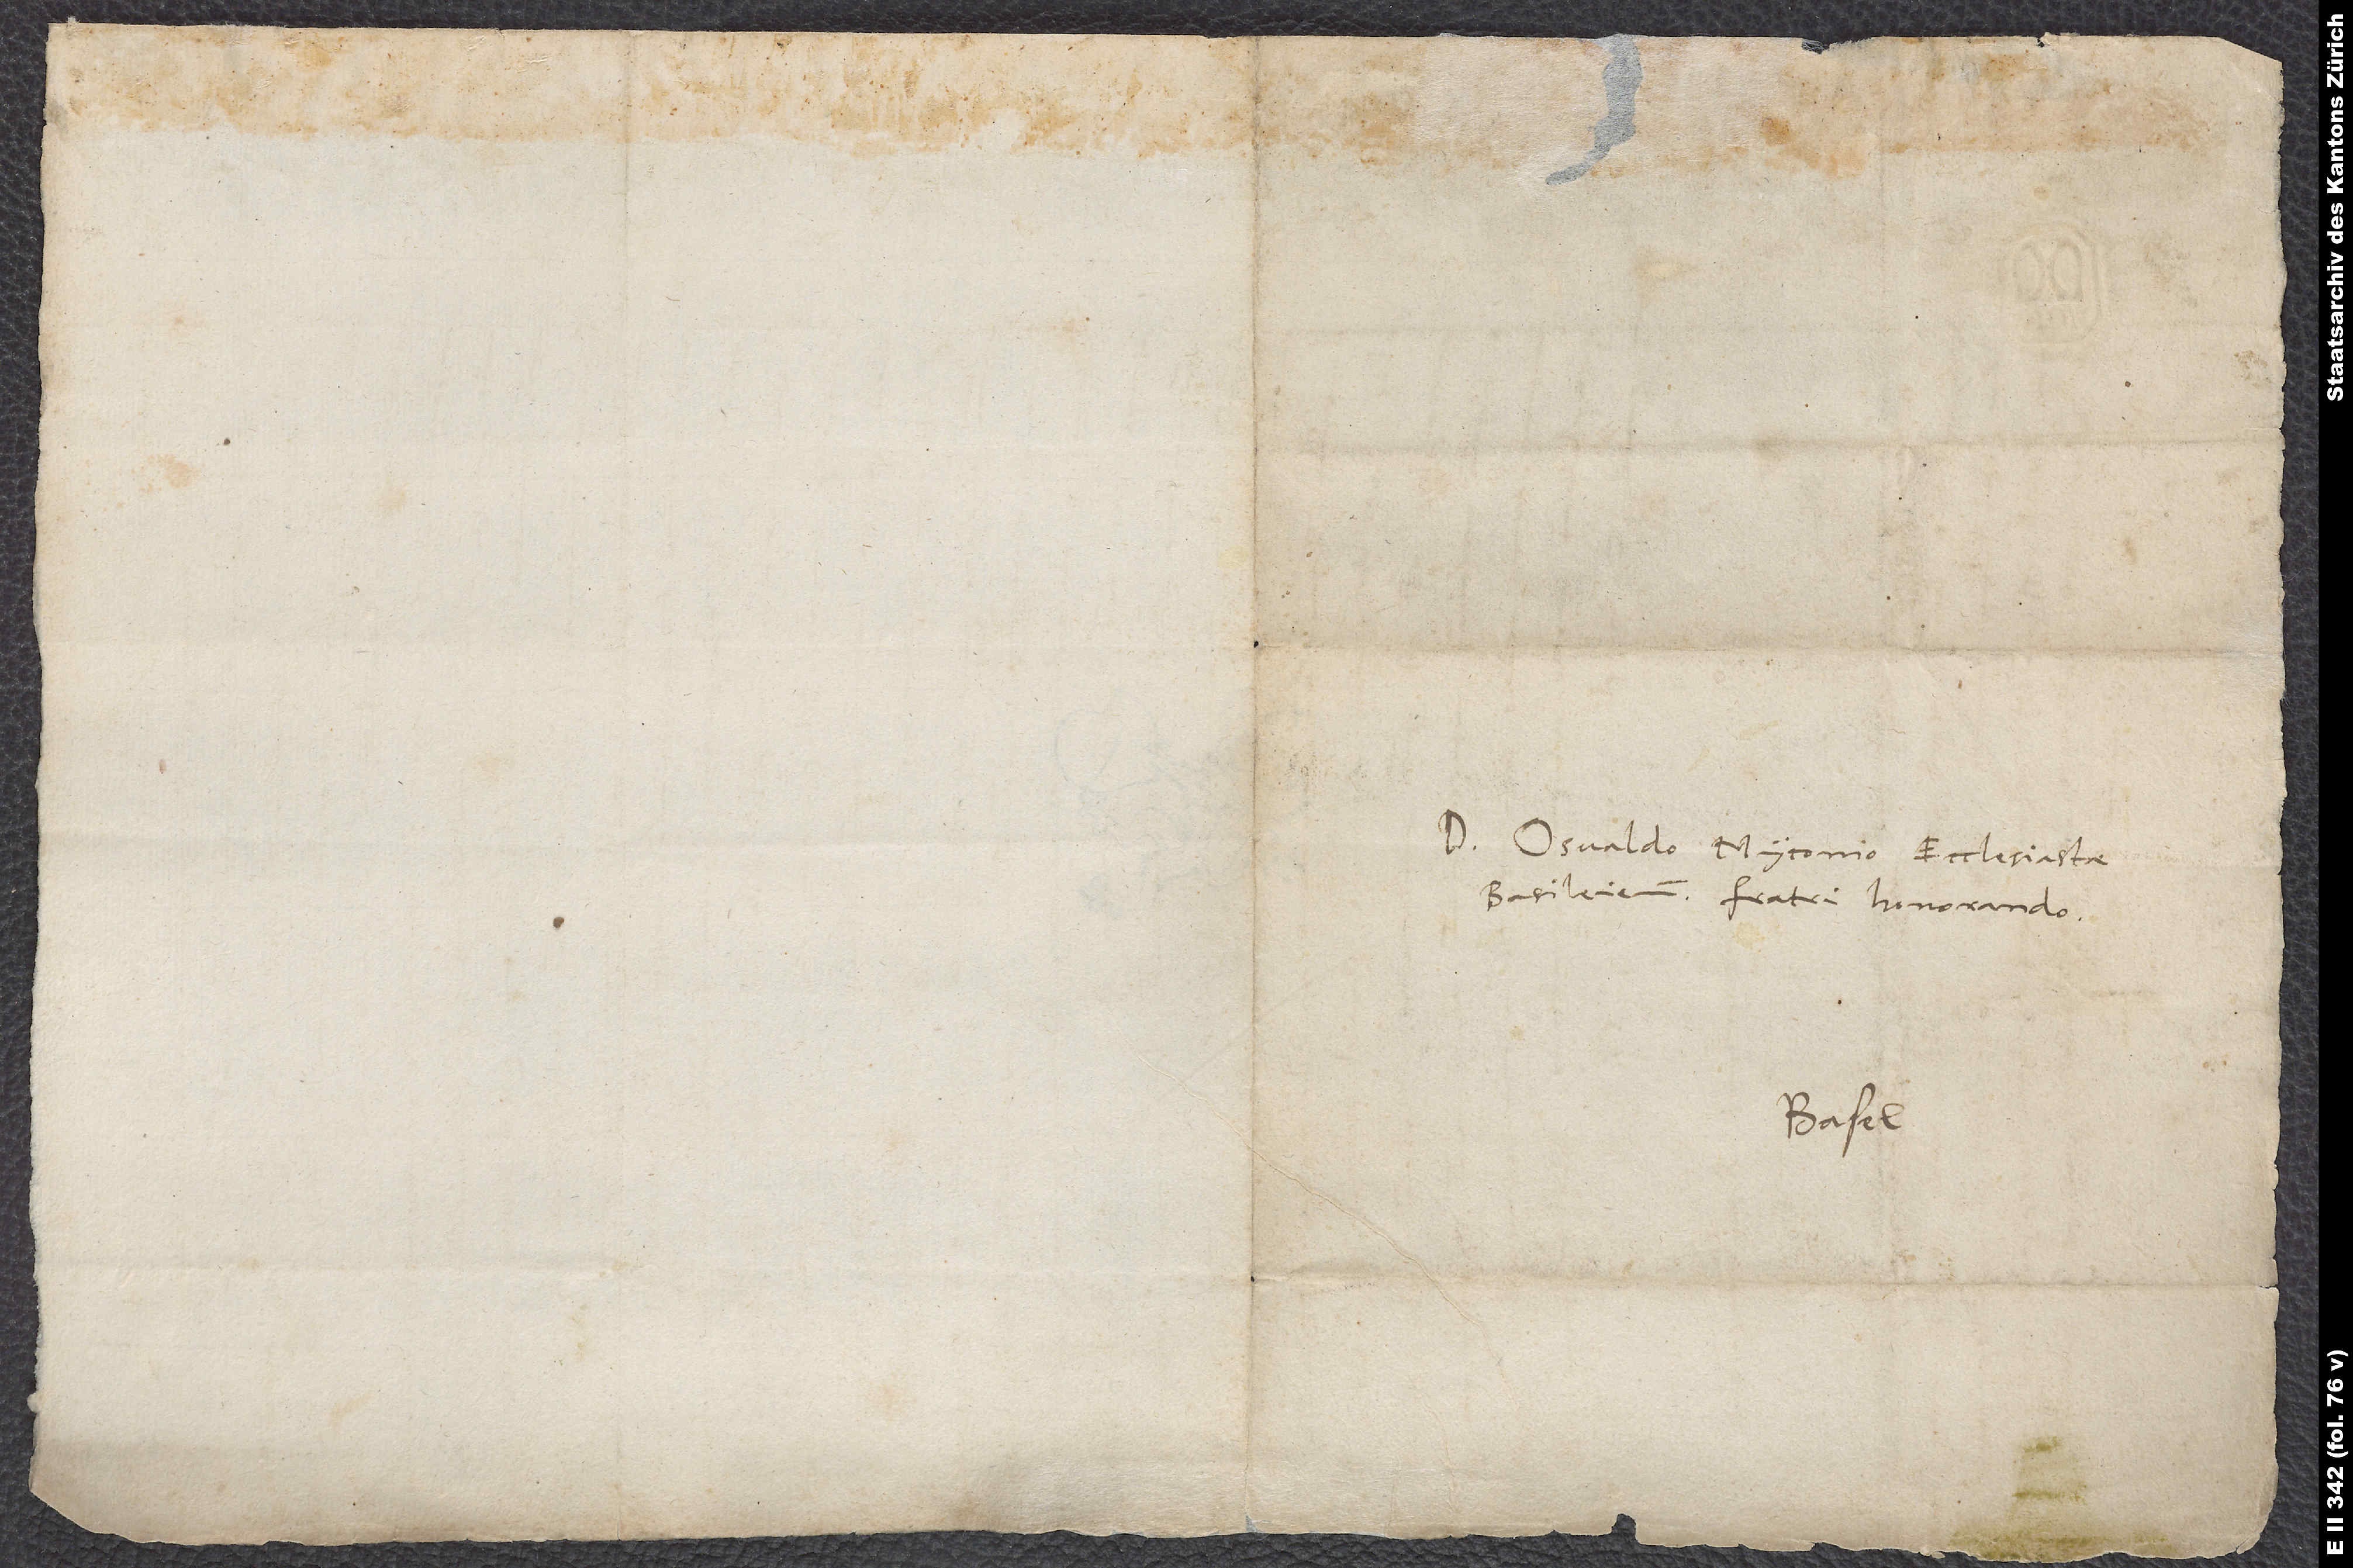
Domino Osvaldo Myconio, ecclesiastae
Basileiensi, fratri honorando.
Basel.